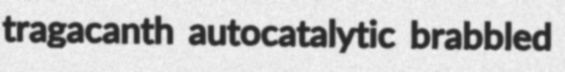
tragacanth autocatalytic brabbled